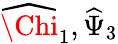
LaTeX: \widehat{\Chi}_{1},\widehat{\Psi}_{3}